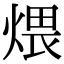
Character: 煨